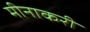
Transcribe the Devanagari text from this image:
मीनाकरी